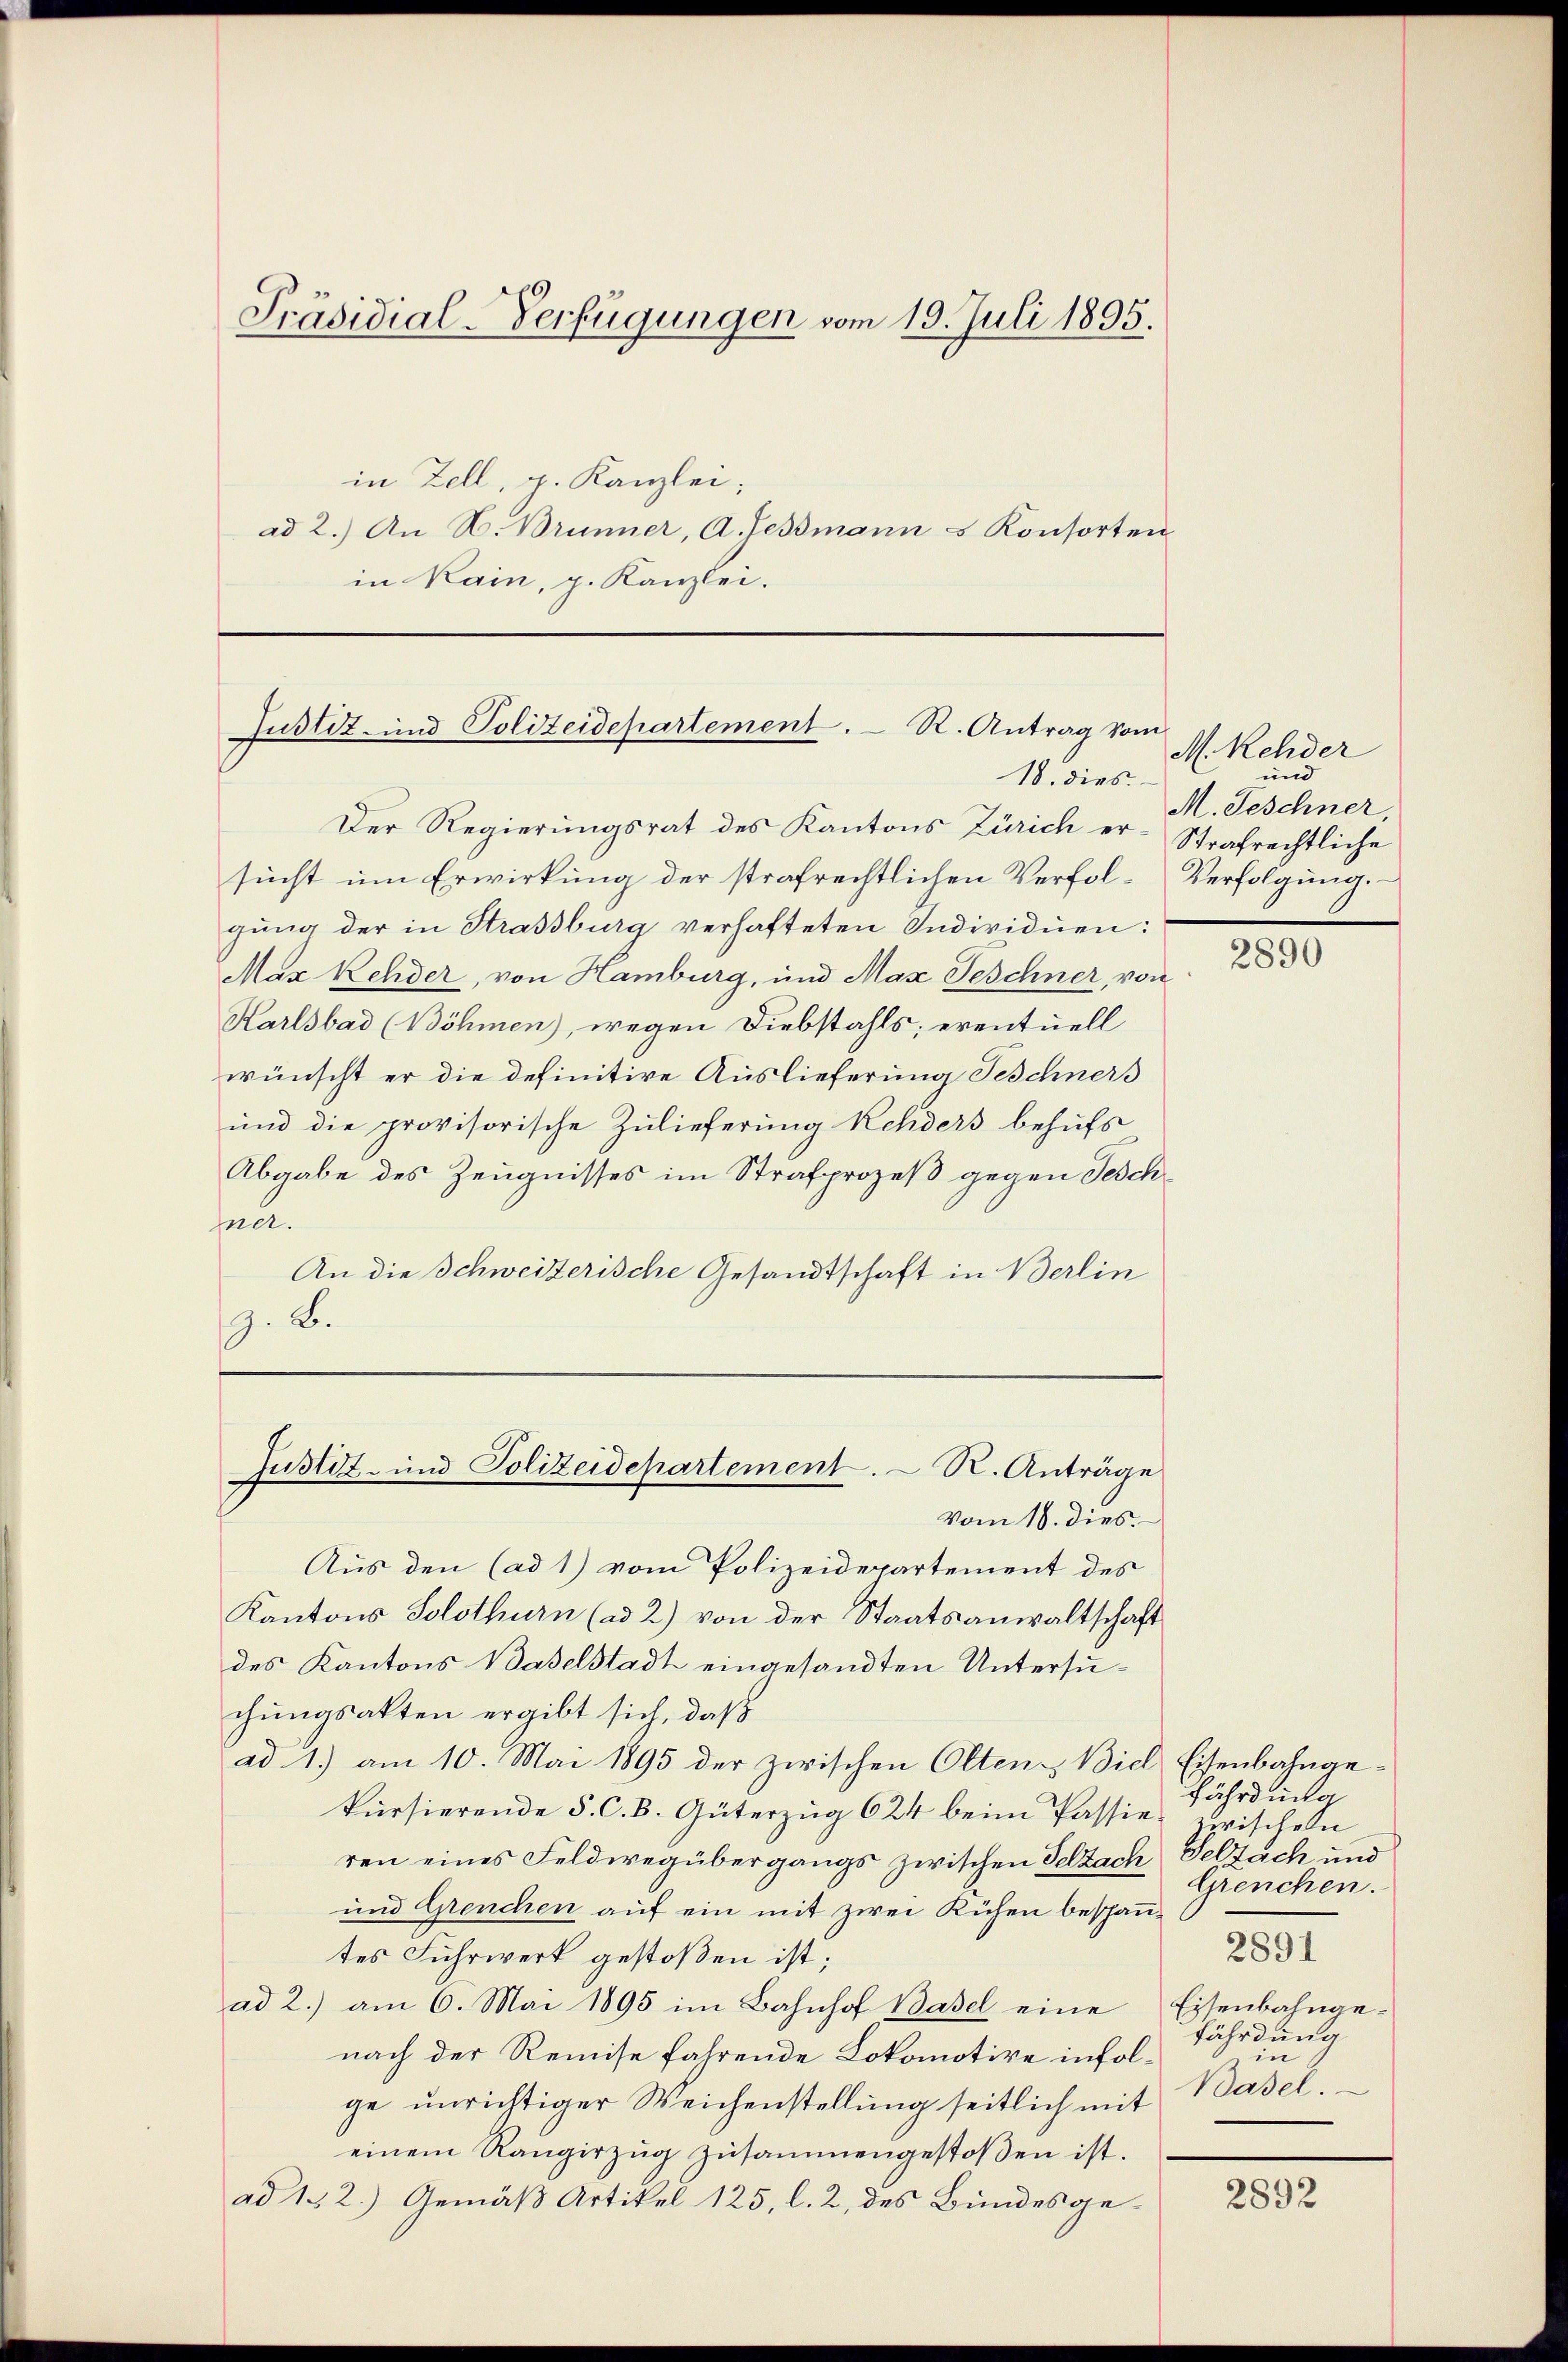
Präsidial-Verfügungen vom 19. Juli 1895.

in Zell, p. Kanzlei,
ad 2.) An H. Brunner, A. Gessmann u Konsorten
in Kain, p. Kanzlei.

Justiz- und Polizeidepartement. R. Antrag vom
18. dies

Justiz- und Polizeidepartement. R. Anträge

M. Rehder
und
M. Geschner,

Der Regierungsrat des Kantons Zürich er-Strafrechtliche
sucht um Erwirkung der strafrechtlichen Verfol-Verfolgung.
gung der in Strassburg verhafteten Individuen:
Max Kehder, von Hamburg, und Max Feschner, von
Karlsbad (Böhmen), wegen Diebstahls, eventuell
wünscht er die definitive Auslieferung Feschners
und die provisorische Zulieferung Rehders behufs
Abgabe des Zeugnisses im Strafprozeß gegen Tesch
ner.
An die Schweizerische Gesandtschaft in Berlin
z. B.

vom 18. dies.
Aus den (ad 1) vom Polizeidepartement des
Kantons Solothurn (ad 2) von der Staatsanwaltschaft
des Kantons Baselstadt eingesandten Untersuchungsakten ergibt sich, daß
ad 1.) am 10. Mai 1895 der zwischen Olten Biel Eisenbahngekursierende 5. C. B. Güterzug 624 beim Passie zwischen
ren eines Feldwegübergangs zwischen Selfach Selzach und
und Grenchen auf ein mit zwei Rühen bespanntes Fuhrwerk gestoßen ist;
ad 2.) am 6. Mai 1895 im Bahnhof Basel eine Eisenbahnge-
nach der Reinise fahrende Lokomotive infolge unrichtiger Weichenstellung seitlich mit
einem Rangirzug zusammengestoßen ist.
ad 1. 2.) Gemäß Artikel 125, l. 2, des Bundesge-

2890

fährdung
Grenchen.
2891
fährdung
in
Basel.

2892